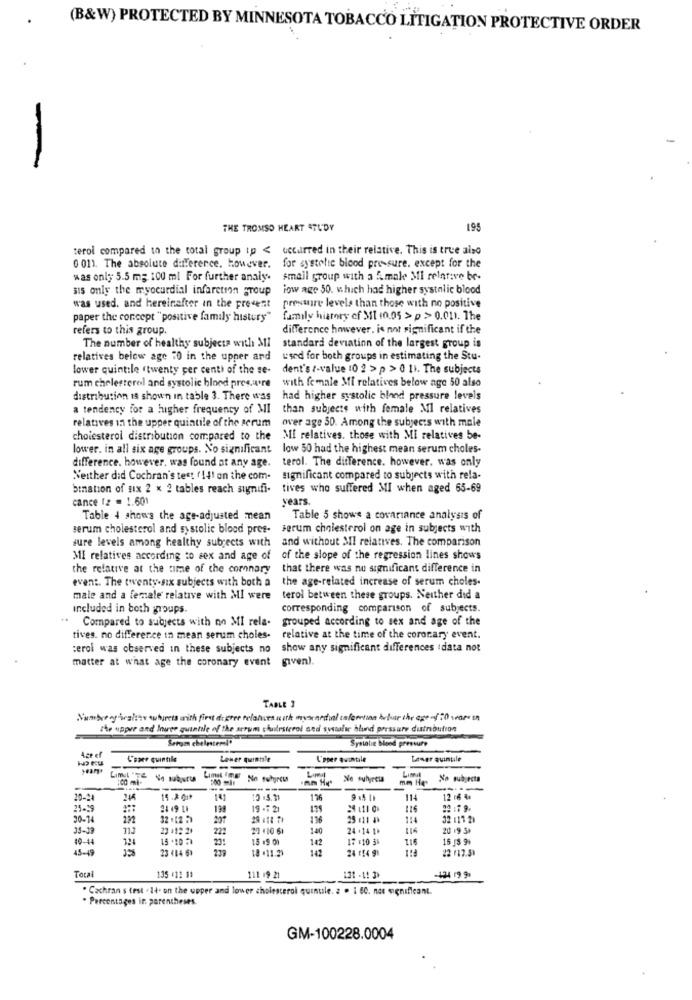
(B&W) PROTECTED BY MINNESOTA TOBACCO LITIGATION PROTECTIVE ORDER
THE TROMSO HEART STUDY
195
terol compared to the total group tp < occurred in their relative. This is true also
0 01). The absolute difference. However.
for systolic blood pressure. except for the
was only 5.5 mg 100 ml For further analy.
small group with a A male MI relative be-
als only the myocardial infarction group
low age 30. which had higher systolic blood
was used. and hereinafter in the present
preswire levels than those with no positive
paper the concept " positive family history"
family history of 31 (0.05 > p > 0.011. The
refers to this group.
difference however, is not significant if the
The number of healthy subjects with MI
standard deviation of the largest group is
relatives below age "0 in the upper and
used for both groups in estimating the Stu-
lower quintile "twenty per cent) of the se-
dent's :- value 10 2 > p > 0 11. The subjects
rum cholesterol and systolic blood pressure
with female Mi relatives below age 50 also
distribution is shown in table 3. There was
had higher systolic blood pressure levels
a tendency for a higher frequency of MI
than subjects with female Ml relatives
relatives in the upper quintile of the serum
over age 30. Among the subjects with male
cholesterol distribution compared to the MI relatives. those with MI relatives be-
lower. in all six age groups. No significant low 50 had the highest mean serum choles-
difference. however, was found at any age.
terol. The difference. however, was only
Neither did Cochran's test ( 141 on the com.
significant compared to subjects with rela-
bination of six 2 x 2 tables reach signifi-
tives who suffered MI when aged 65-69
cance (z = 1.601
years.
Table 4 shows the age-adjusted mean
Table 5 shows a covariance analysis of
serum cholesterol and systolic blood pres- serum cholesterol on age in subjects with
and without MI relatives. The comparison
sure levels among healthy subjects with
MI relatives according to sex and age of of the slope of the regression lines shows
the relative at the time of the coronary
that there was no significant difference in
event. The twenty-six subjects with both a
the age-related increase of serum choles.
male and a female relative with MI were
terol between these groups. Neither did a
included in both groups.
corresponding comparison of subjects.
..
Compared to subjects with no MI rela-
grouped according to sex and age of the
tives. no difference in mean serum choles- relative at the time of the coronary event.
:erol was observed in these subjects no show any significant differences data not
matter at what age the coronary event given).
TABLE ]
Numbericaltts shirts with first degree relatives work muscardial infection bulur the age of :0 war on
the upper and Inwer quantile of the arrum cholesterol sed systale hlund pressure dutributton
Sergen cheintersl'
Systolic blood pressure
4st ef
Lower quintale
L'oper quintile
Lamer quintile
year+
---
Limal Iny
No suhyret
Ne suhjecia
mm Het
No subjecta
20-24
176
114
12 16 4+
25-39
19 -7 21
22 :79.
30-14
32 .12 ))
126
25 :11 $>
32 :11 2)
35-19
11.3
222
22 110 61
140
24 . 14 th
20 19 54
10-44
15 .10 .
23:
15 .9 01
142
17 :10 31
115
16 3 9+
45-49
23 (14 61
237
18 .11.29
119
22 (12.5)
Total
135 #11 11
111 19 21
131 - 1! 3>
-124 19 9)
. Cochran s test . 14. on the upper and lower cholesterol quinule. 2 . 1 60. not significant.
. Percentages in parentheses.
GM-100228.0004